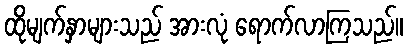
ထိုမျက်နှာများသည် အားလုံ ရောက်လာကြသည်။